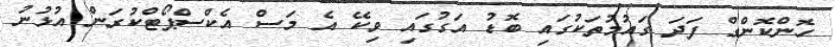
ހޮންކޮންގް ފަދަ ގައުމުތަކުގައި ބޮޑު އަގުގައި ވިކޭ އެ މަސް އެކްސްޕޯޓްކުރަން އުޅުނު